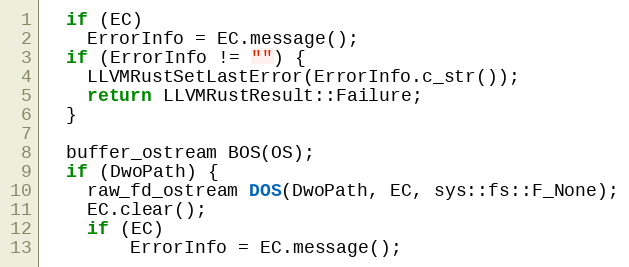
Language: C++
  if (EC)
    ErrorInfo = EC.message();
  if (ErrorInfo != "") {
    LLVMRustSetLastError(ErrorInfo.c_str());
    return LLVMRustResult::Failure;
  }

  buffer_ostream BOS(OS);
  if (DwoPath) {
    raw_fd_ostream DOS(DwoPath, EC, sys::fs::F_None);
    EC.clear();
    if (EC)
        ErrorInfo = EC.message();